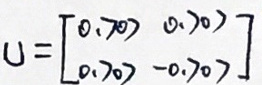
$U = \begin{bmatrix} 0.70 & 0.70 \\ 0.70 & -0.70 \end{bmatrix}$